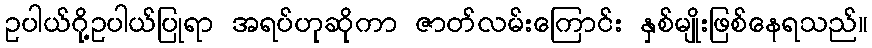
ဥပါယ်ဂို့ဥပါယ်ပြုရာ အရပ်ဟုဆိုကာ ဇာတ်လမ်းကြောင်း နှစ်မျိုးဖြစ်နေရသည်။